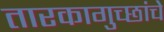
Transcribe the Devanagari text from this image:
तारकागुच्छांचे